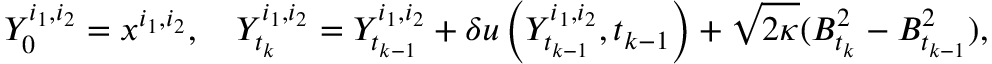
Y _ { 0 } ^ { i _ { 1 } , i _ { 2 } } = x ^ { i _ { 1 } , i _ { 2 } } , \quad Y _ { t _ { k } } ^ { i _ { 1 } , i _ { 2 } } = Y _ { t _ { k - 1 } } ^ { i _ { 1 } , i _ { 2 } } + \delta u \left( Y _ { t _ { k - 1 } } ^ { i _ { 1 } , i _ { 2 } } , t _ { k - 1 } \right) + \sqrt { 2 \kappa } ( B _ { t _ { k } } ^ { 2 } - B _ { t _ { k - 1 } } ^ { 2 } ) ,